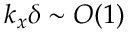
k _ { x } \delta \sim O ( 1 )